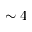
\sim 4